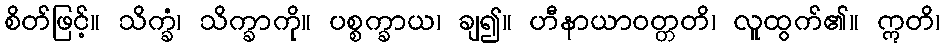
စိတ်ဖြင့်။ သိက္ခံ၊ သိက္ခာကို။ ပစ္စက္ခာယ၊ ချ၍။ ဟီနာယာဝတ္တတိ၊ လူထွက်၏။ ဣတိ၊